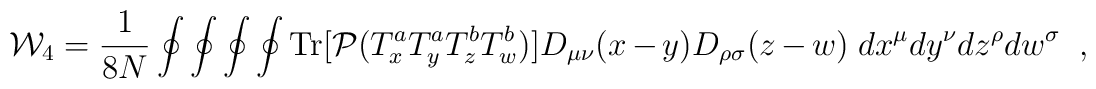
{\cal W}_4={1\over 8N}\oint\oint\oint\oint{\rm Tr}[{\cal P} (T^a_xT^a_yT^b_z T^b_w)]  D_{\mu\nu}(x-y)D_{\rho\sigma}(z-w)\; dx^{\mu}dy^{\nu}dz^{\rho}dw^{\sigma}\;\; ,